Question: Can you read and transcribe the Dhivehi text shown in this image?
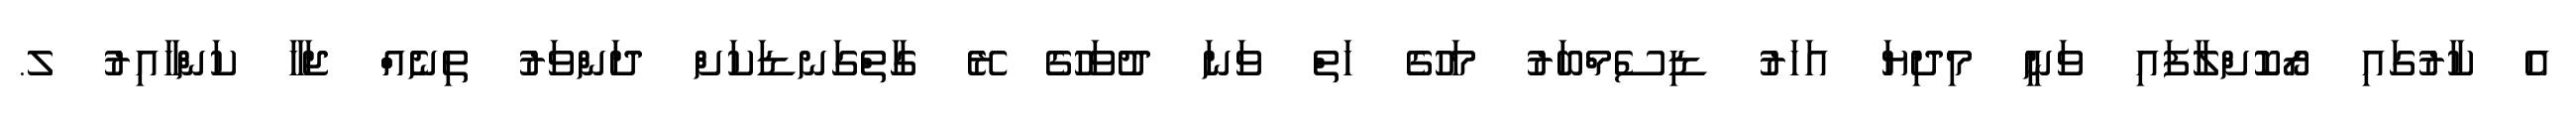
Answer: އެ ކާރުގައި ރޯކޮށްލާފައި ވަނީ މިދިޔަ އަހަރު ޑިސެމްބަރު މަހުގެ ހަތް ވަނަ ދުވަހުގެ ރޭ ގާތްގަނޑަކަށް ދަންވަރު ތިނެއްް ޖަހާ ކަންހާއިރު ލ.